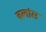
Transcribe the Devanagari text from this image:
बलांस